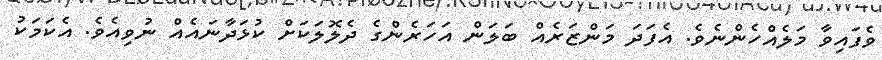
ވެފައިވާ މަލެއްހެންނެވެ. އެފަދަ މަންޒަރެއް ބަލަން އަހަރެންގެ ދެލޮލަކަށް ކުޅަދާނައެއް ނުވިއެވެ. އެކަމަކު